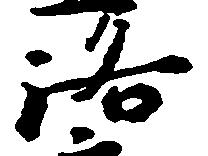
洛